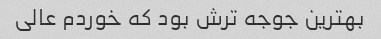
بهترین جوجه ترش بود که خوردم عالی